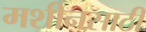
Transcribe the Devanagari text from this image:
मशीनसाठी